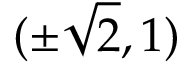
( \pm { \sqrt { 2 } } , 1 )